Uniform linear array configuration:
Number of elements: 48
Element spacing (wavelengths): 0.25
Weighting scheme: exponential
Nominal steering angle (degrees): -15
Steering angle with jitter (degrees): -15.511
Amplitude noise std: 0.05
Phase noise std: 0.05

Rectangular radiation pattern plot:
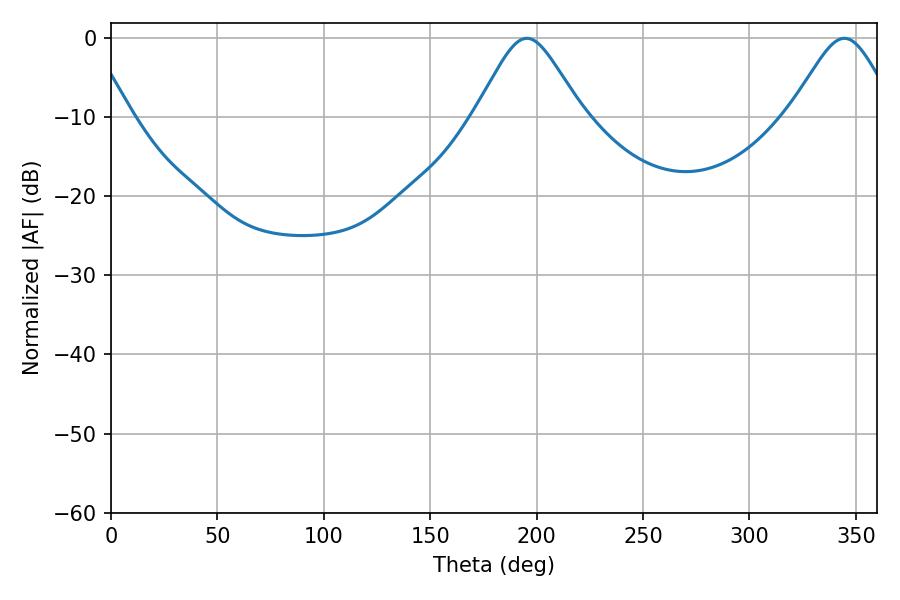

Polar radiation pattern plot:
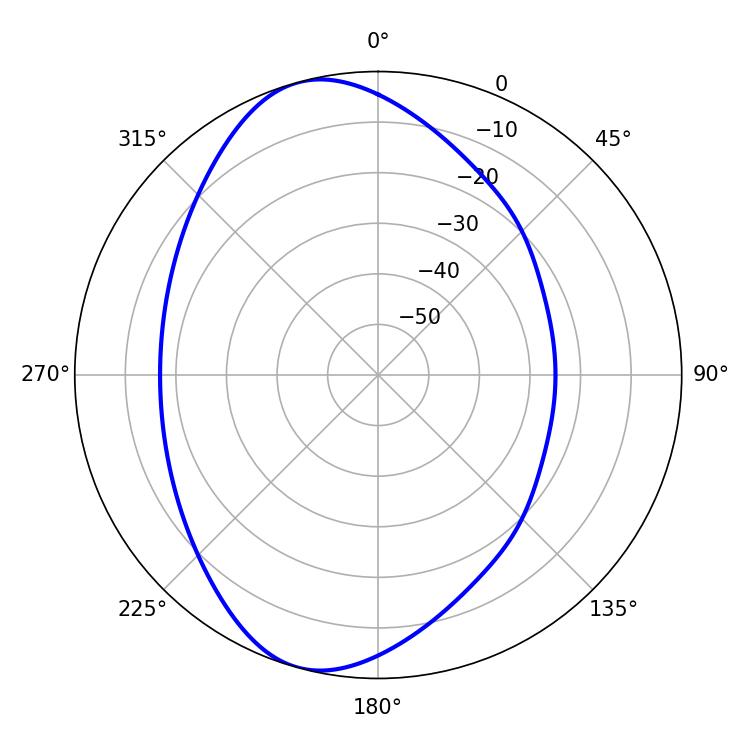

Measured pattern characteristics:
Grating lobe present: FALSE
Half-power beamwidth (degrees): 24.12
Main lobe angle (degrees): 195.48